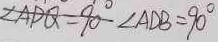
\angle A D Q = 9 0 ^ { \circ } \angle A D B = 9 0 ^ { \circ }